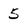
Character: 5